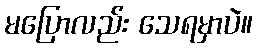
မပြောလည်း သေရမှာပဲ။